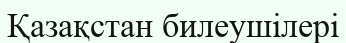
Қазақстан билеушілері